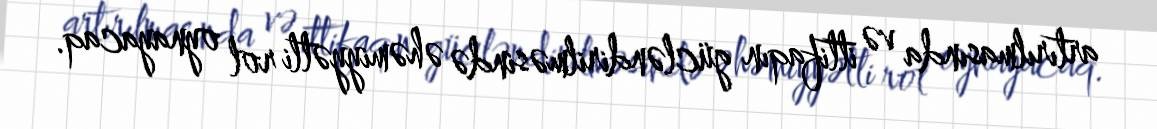
artırılmasında və ittifaqın gücləndirilməsində əhəmiyyətli rol oynayacaq.